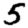
Digit: 5